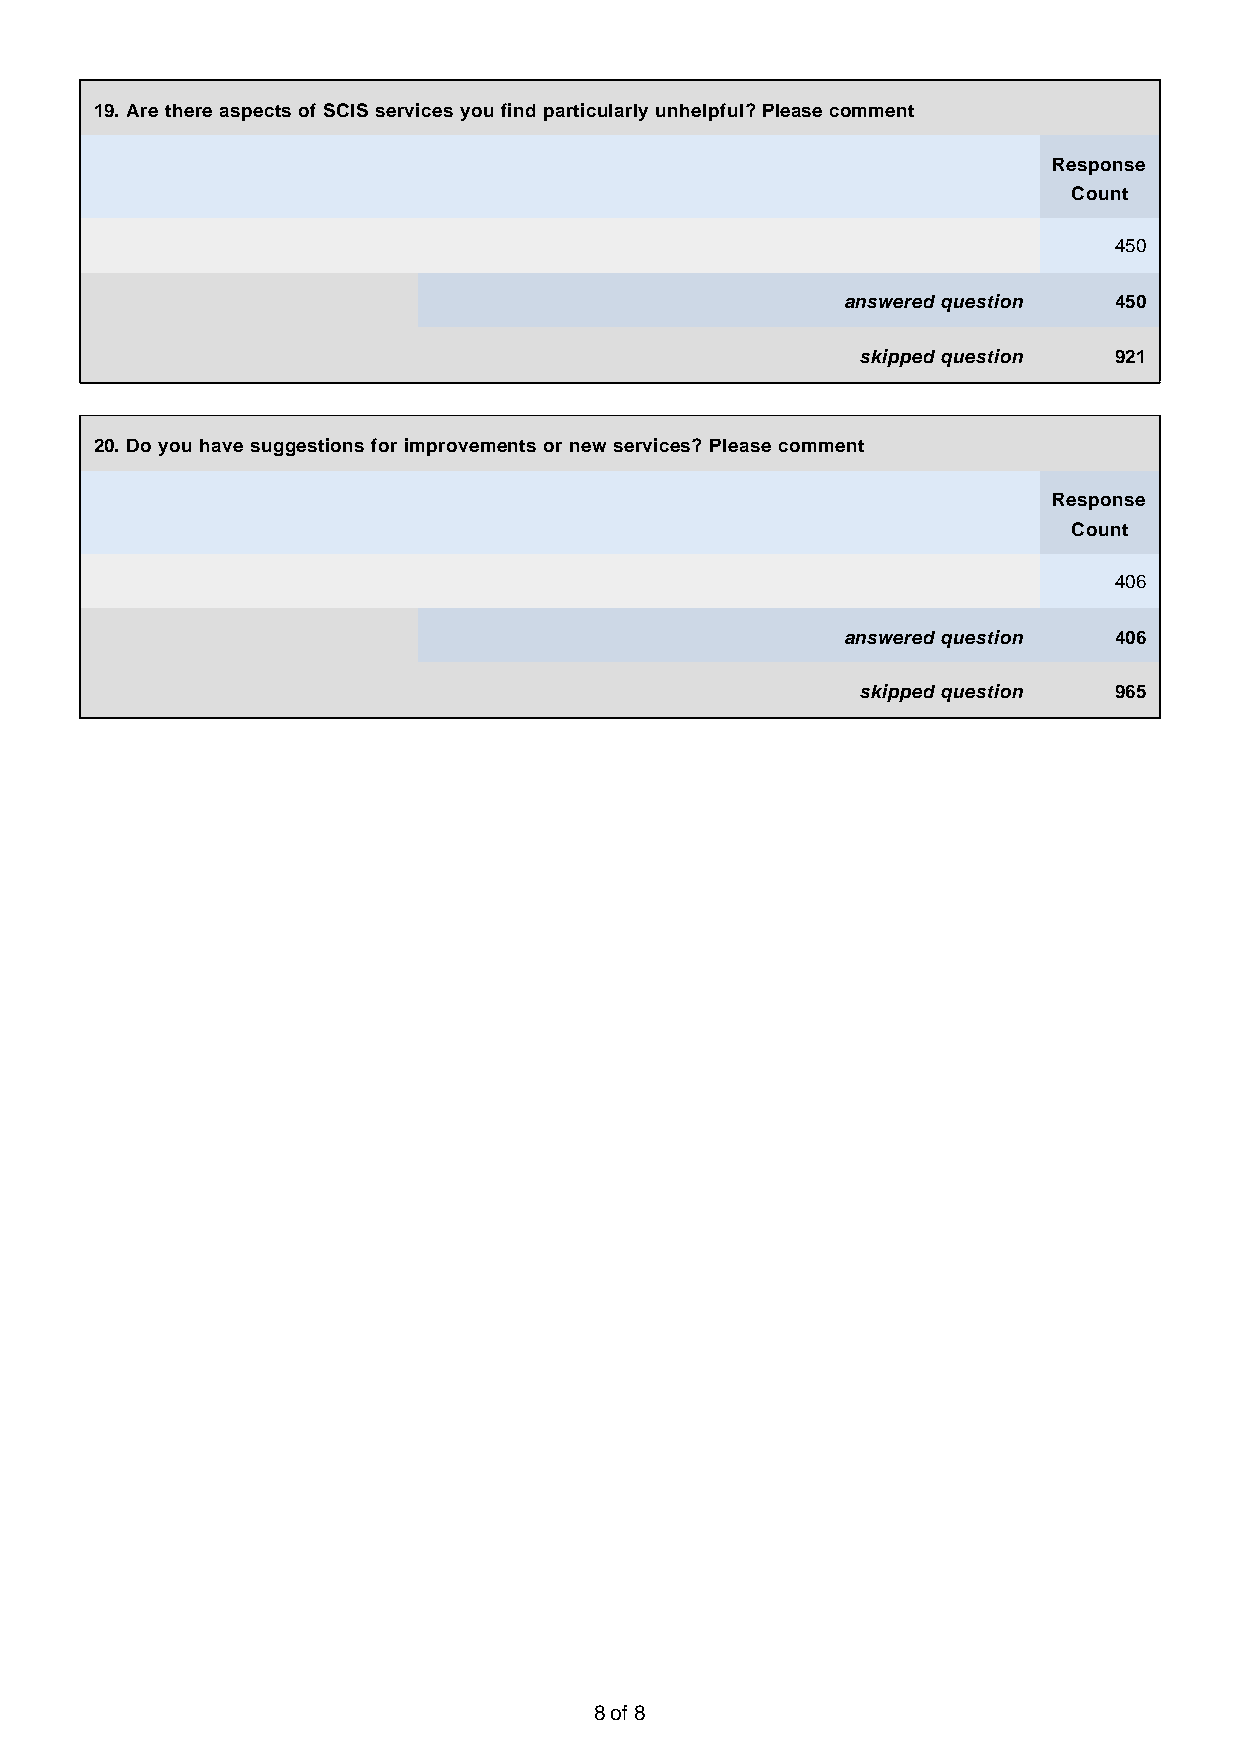
19. Are there aspects of SCIS services you find particularly unhelpful? Please comment
 Response
 Count
 450
 answered question 450
 skipped question 921
 20. Do you have suggestions for improvements or new services? Please comment
 Response
 Count
 406
 answered question 406
 skipped question 965
 8 of 8